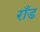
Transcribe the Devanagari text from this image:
राँड